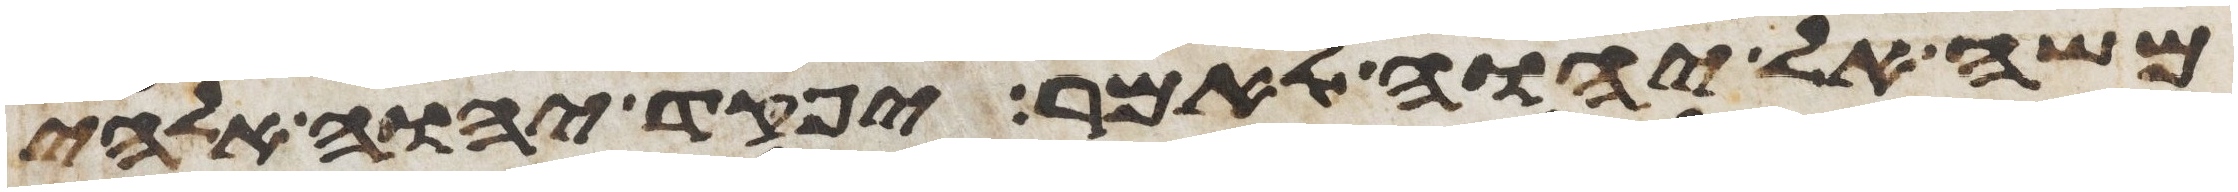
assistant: משה אל יהוה לאמר יפקד יהוה אלהי